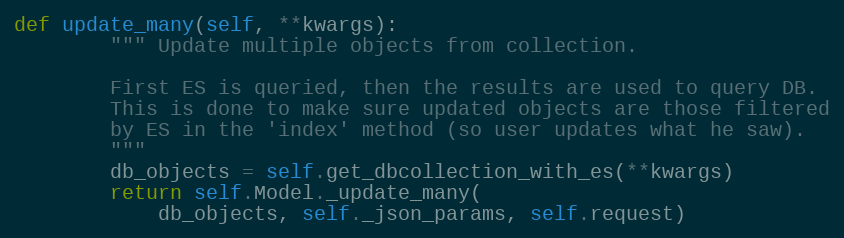
Language: Python
def update_many(self, **kwargs):
        """ Update multiple objects from collection.

        First ES is queried, then the results are used to query DB.
        This is done to make sure updated objects are those filtered
        by ES in the 'index' method (so user updates what he saw).
        """
        db_objects = self.get_dbcollection_with_es(**kwargs)
        return self.Model._update_many(
            db_objects, self._json_params, self.request)